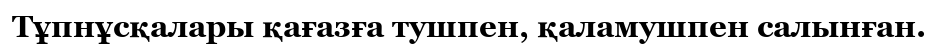
Тұпнұсқалары қағазға тушпен, қаламушпен салынған.